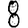
Digit: 8